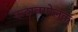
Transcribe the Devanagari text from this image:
कदम्बगोलक